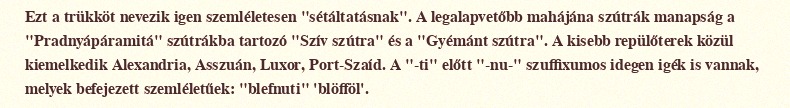
Ezt a trükköt nevezik igen szemléletesen "sétáltatásnak". A legalapvetőbb mahájána szútrák manapság a "Pradnyápáramitá" szútrákba tartozó "Szív szútra" és a "Gyémánt szútra". A kisebb repülőterek közül kiemelkedik Alexandria, Asszuán, Luxor, Port-Szaíd. A "-ti" előtt "-nu-" szuffixumos idegen igék is vannak, melyek befejezett szemléletűek: "blefnuti" 'blöfföl'.